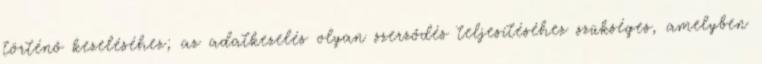
történő kezeléséhez; az adatkezelés olyan szerződés teljesítéséhez szükséges, amelyben